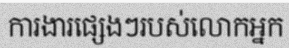
ការងារផ្សេងៗរបស់លោកអ្នក